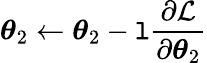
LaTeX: \boldsymbol{\theta}_{2}\gets\boldsymbol{\theta}_{2}-\mathtt{l}\frac{{\partial\mathcal{{L}}}}{{\partial\boldsymbol{\theta}_{2}}}